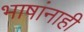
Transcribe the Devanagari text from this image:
भाषांनाही